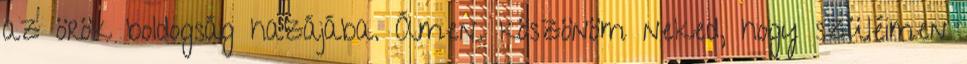
az örök boldogság hazájába. Ámen. köszönöm neked, hogy szüléimen